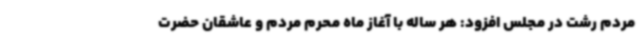
مردم رشت در مجلس افزود: هر ساله با آغاز ماه محرم مردم و عاشقان حضرت